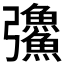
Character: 𪫅